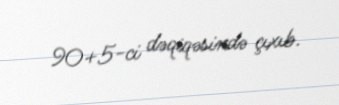
90+5-ci dəqiqəsində çıxıb.